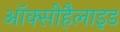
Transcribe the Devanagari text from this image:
ऑक्सीहैलाइड